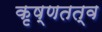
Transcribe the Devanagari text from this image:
कृष्णतत्व